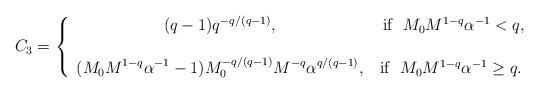
LaTeX: \begin{align*}C_3=\left\{\begin{array}{cc}\displaystyle{(q-1)q^{-q/(q-1)}}, & \mbox{ if } \,\,M_0M^{1-q}\alpha^{-1}< q, \\\\\displaystyle{ (M_0M^{1-q}\alpha^{-1}-1)M_0^{-q/(q-1)}M^{-q}\alpha^{q/(q-1)}}, &\mbox{if }\,\,M_0M^{1-q}\alpha^{-1}\geq q.\end{array}\right.\end{align*}